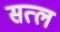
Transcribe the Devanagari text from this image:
सत्ल